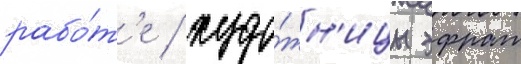
рабо́т'е / худо́жн'ицы эфрат